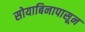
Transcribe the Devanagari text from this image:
सोयाबिनापासून